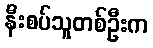
နီးစပ်သူတစ်ဦးက